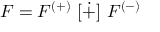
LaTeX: { \cal F } = { \cal F } ^ { ( + ) } \ [ \dot { + } ] \ { \cal F } ^ { ( - ) }